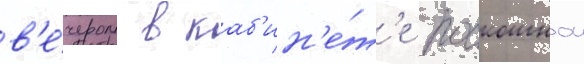
в'е́чером в каб'ин'е́т'е роскошнои